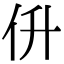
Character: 㐼